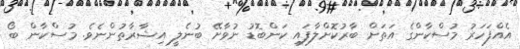
އެއްފަހަރު މުސްކާންގެ އަތަށް ބާރުކޮށްލާފައި ކަންބޮޑު ނުވާށޭ ބުނެލީ އިޝާރާތުންނެވެ. މުސްކާން ބޯ